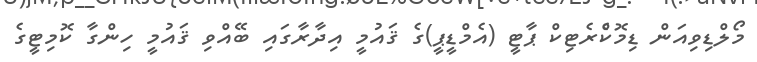
މޯލްޑިވިއަން ޑިމޮކްެރެޓިކް ޕާޓީ (އެމްޑީޕީ)ގެ ޤައުމީ އިދާރާގައި ބޭއްވި ޤައުމީ ހިންގާ ކޮމިޓީގެ